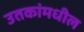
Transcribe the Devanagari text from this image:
उतकांमधील